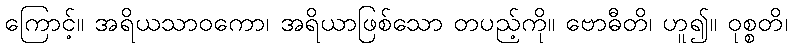
ကြောင့်။ အရိယသာဝကော၊ အရိယာဖြစ်သော တပည့်ကို။ ဗောဓီတိ၊ ဟူ၍။ ဝုစ္စတိ၊